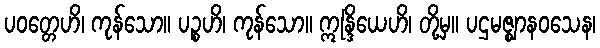
ပဝတ္တေဟိ၊ ကုန်သော။ ပဉ္စဟိ၊ ကုန်သော။ ဣန္ဒြိယေဟိ၊ တို့မှ။ ပဌမဇ္ဈာနဝသေန၊